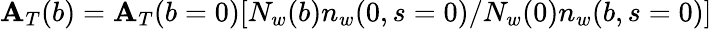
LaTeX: \mathbf{A}_{T}(b)=\mathbf{A}_{T}(b=0)[N_{w}(b)n_{w}(0,s=0)/N_{w}(0)n_{w}(b,s=0)]